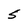
Character: 5